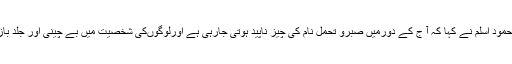
ایک انٹرویومیںمحمود اسلم نے کہا کہ آ ج کے دورمیں صبرو تحمل نام کی چیز ناپید ہوتی جارہی ہے اورلوگوںکی شخصیت میں بے چینی اور جلد بازی نظر آتی ہے ۔